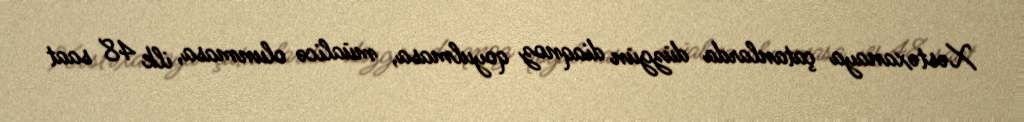
Xəstəxanaya çatanlarda düzgün diaqnoz qoyulmasa, müalicə olunmasa, ilk 48 saat